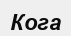
Кога